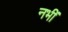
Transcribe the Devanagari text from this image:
नभीं